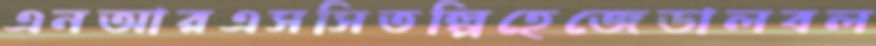
এনআরএসসিতল্পিহেজেডালবল